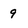
Character: 9